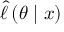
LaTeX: { \widehat { \ell \, } } ( \theta \mid x )